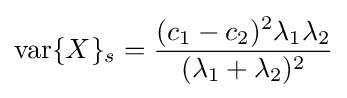
\operatorname {var} \{X\}_{s}={\frac {(c_{1}-c_{2})^{2}\lambda _{1}\lambda _{2}}{(\lambda _{1}+\lambda _{2})^{2}}}